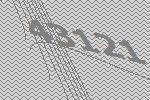
43121